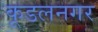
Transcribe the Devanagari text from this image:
कूडलनगर